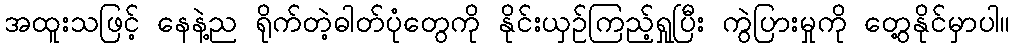
အထူးသဖြင့် နေနဲ့ည ရိုက်တဲ့ဓါတ်ပုံတွေကို နိုင်းယှဉ်ကြည့်ရှုပြီး ကွဲပြားမှုကို တွေ့နိုင်မှာပါ။